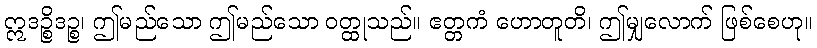
ဣဒဉ္စိဒဉ္စ၊ ဤမည်သော ဤမည်သော ဝတ္ထုသည်။ ဧတ္တကံ ဟောတူတိ၊ ဤမျှလောက် ဖြစ်စေဟု။